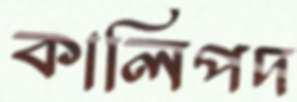
কালিপদ